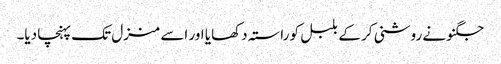
جگنو نے روشنی کر کے بلبل کو راستہ دکھایا اور اسے منزل تک پہنچا دیا۔